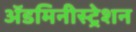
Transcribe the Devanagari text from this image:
ॲडमिनीस्ट्रेशन